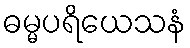
ဓမ္မပရိယေသနံ